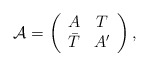
\begin{align*}{\mathcal A} = \left(\begin{array}{cc} A & T\\ \bar T &A'\end{array} \right),\end{align*}